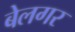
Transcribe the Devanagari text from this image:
बेलगर